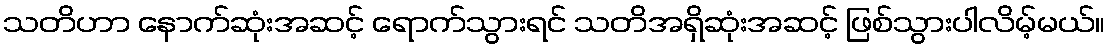
သတိဟာ နောက်ဆုံးအဆင့် ရောက်သွားရင် သတိအရှိဆုံးအဆင့် ဖြစ်သွားပါလိမ့်မယ်။